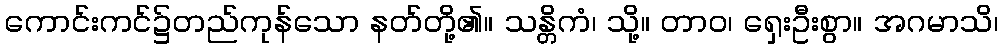
ကောင်းကင်၌တည်ကုန်သော နတ်တို့၏။ သန္တိကံ၊ သို့။ တာဝ၊ ရှေးဦးစွာ။ အဂမာသိ၊